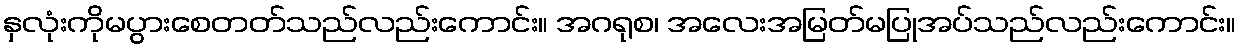
နှလုံးကိုမပွားစေတတ်သည်လည်းကောင်း။ အဂရုစ၊ အလေးအမြတ်မပြုအပ်သည်လည်းကောင်း။